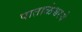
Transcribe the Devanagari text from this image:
पाताळेश्वरचे